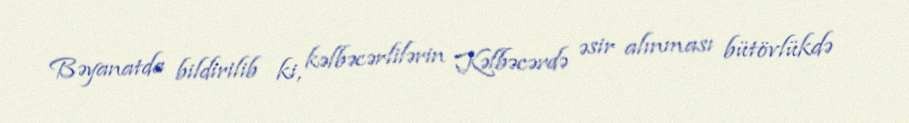
Bəyanatda bildirilib ki, kəlbəcərlilərin Kəlbəcərdə əsir alınması bütövlükdə